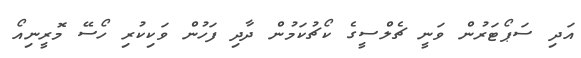
އަދި ސަޕޯޓަރުން ވަނީ ޗެލްސީގެ ކޯޗުކަމުން ދާދި ފަހުން ވަކިކުރި ހޯސޭ މޮރީނިއޯ